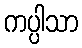
ကပ္ပါသာ